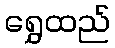
ရွှေထည်